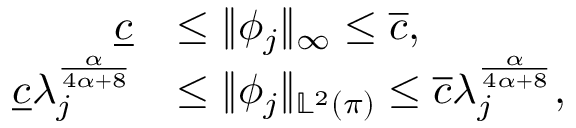
\begin{array} { r l } { \underline { { c } } } & { \leq \| \phi _ { j } \| _ { \infty } \leq \overline { { c } } , } \\ { \underline { { c } } \lambda _ { j } ^ { \frac { \alpha } { 4 \alpha + 8 } } } & { \leq \| \phi _ { j } \| _ { \mathbb { L } ^ { 2 } ( \pi ) } \leq \overline { { c } } \lambda _ { j } ^ { \frac { \alpha } { 4 \alpha + 8 } } , } \end{array}